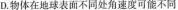
D.物体在地球表面不同处角速度可能不同